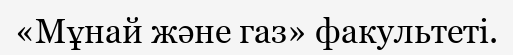
«Мұнай және газ» факультеті.